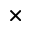
\times